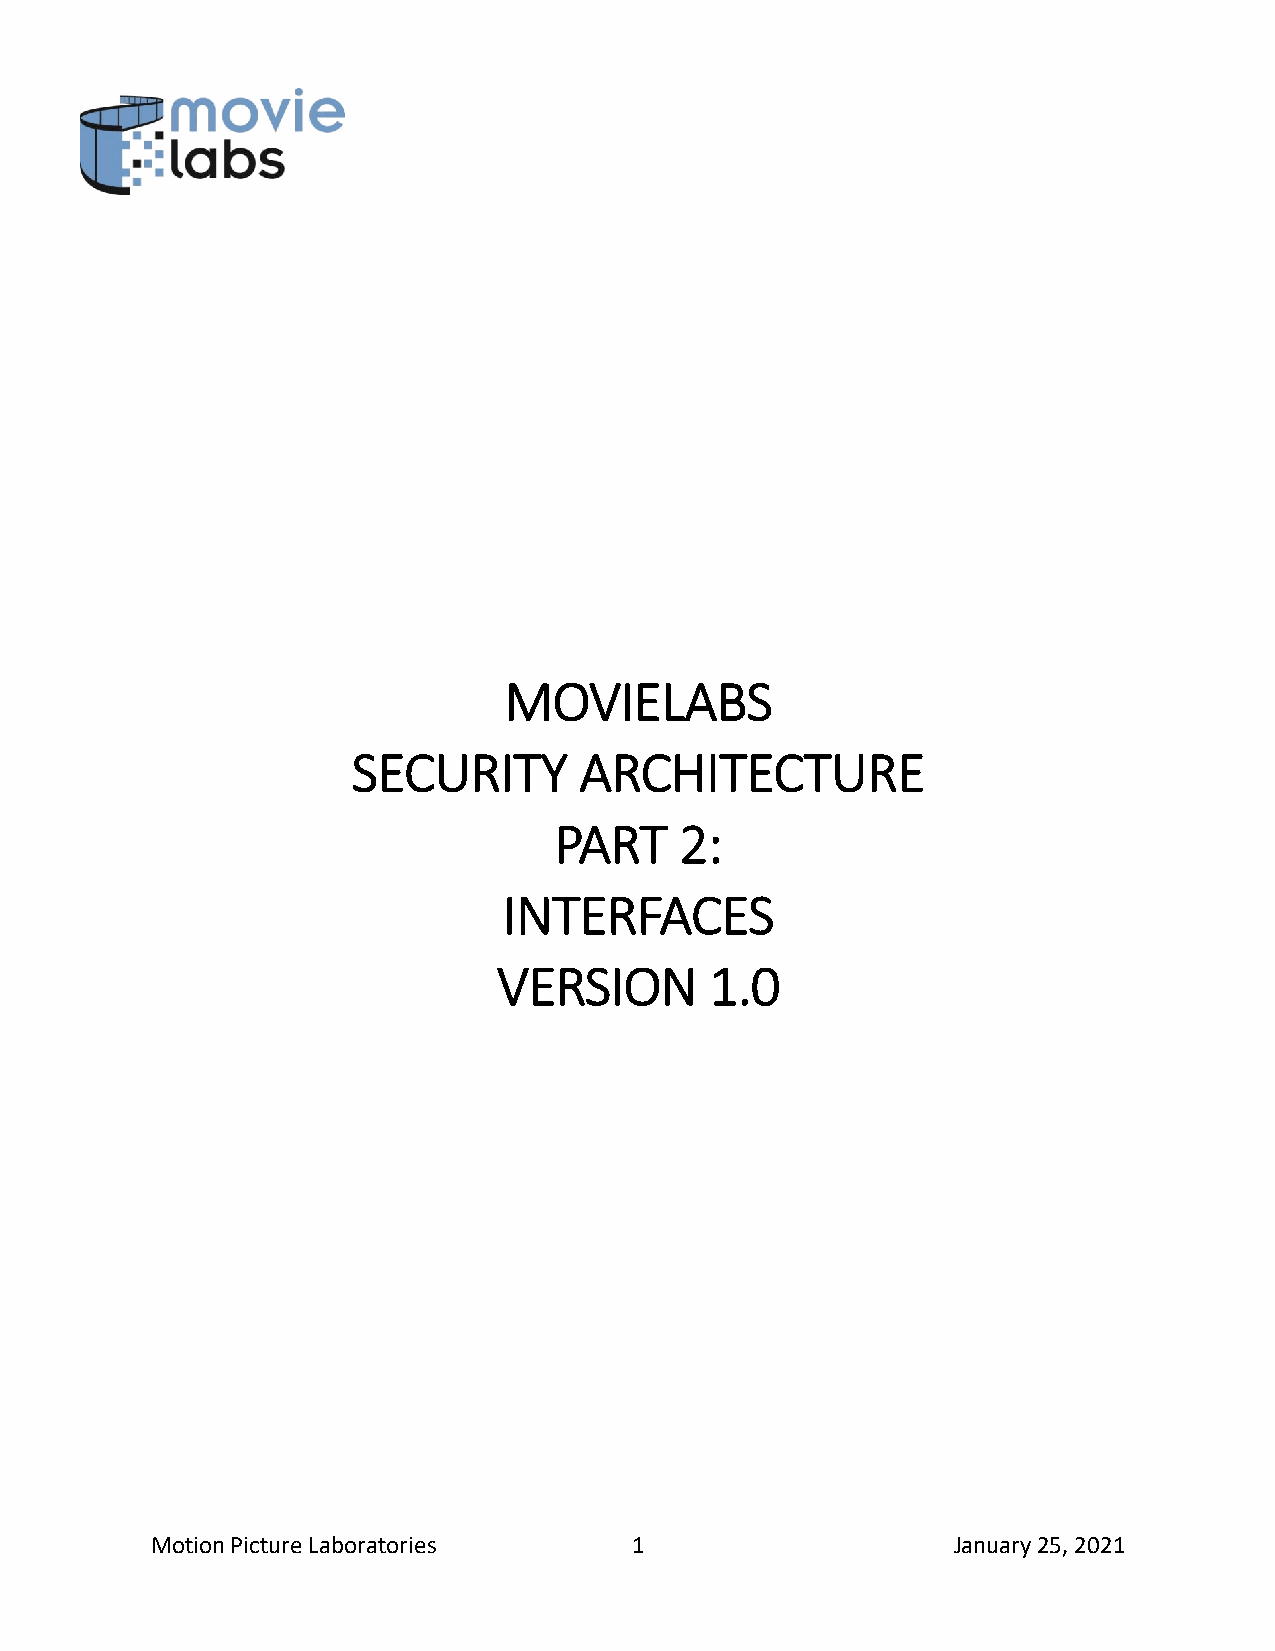
MOVIELABS
 SECURITY       ARCHITECTURE
 PART    2:
 INTERFACES
 VERSION       1.0
 Motion Picture Laboratories     1                    January 25, 2021